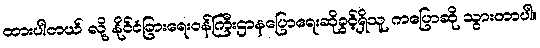
ထားပါတယ် လို့ နိုင်ငံခြားရေးဝန်ကြီးဌာနပြောရေးဆိုခွင့်ရှိသူ ကပြောဆို သွားတာပါ။